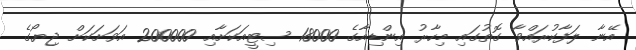
އޭނާ ލަފާކުރައްވާ ގޮތުގައި މިހާރު އިންޑިއާގެ 18000 ސިޓީއަކަށާއި 200000 އަވަށަކަށް ޖިޔޯގެ